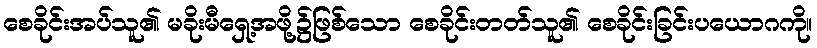
စေခိုင်းအပ်သူ၏ မခိုးမီရှေ့အဖို့၌ဖြစ်သော စေခိုင်းတတ်သူ၏ စေခိုင်းခြင်းပယောဂကို။